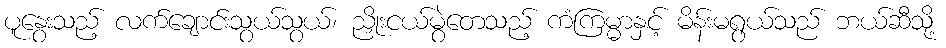
ပူနွေးသည့် လက်ချောင်းသွယ်သွယ်၊ ညှိုးငယ်မွဲတေသည့် ကံကြမ္မာနှင့် မိန်းမရွယ်သည် ဘယ်ဆီသို့